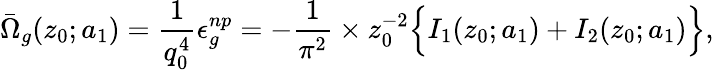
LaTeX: \bar{\Omega}_{g}(z_{0};a_{1})={\frac{1}{q_{0}^{4}}}\epsilon_{g}^{np}=-{\frac{1}{\pi^{2}}}\times z_{0}^{-2}\Bigl\{ I_{1}(z_{0};a_{1})+I_{2}(z_{0};a_{1})\Bigr\} ,